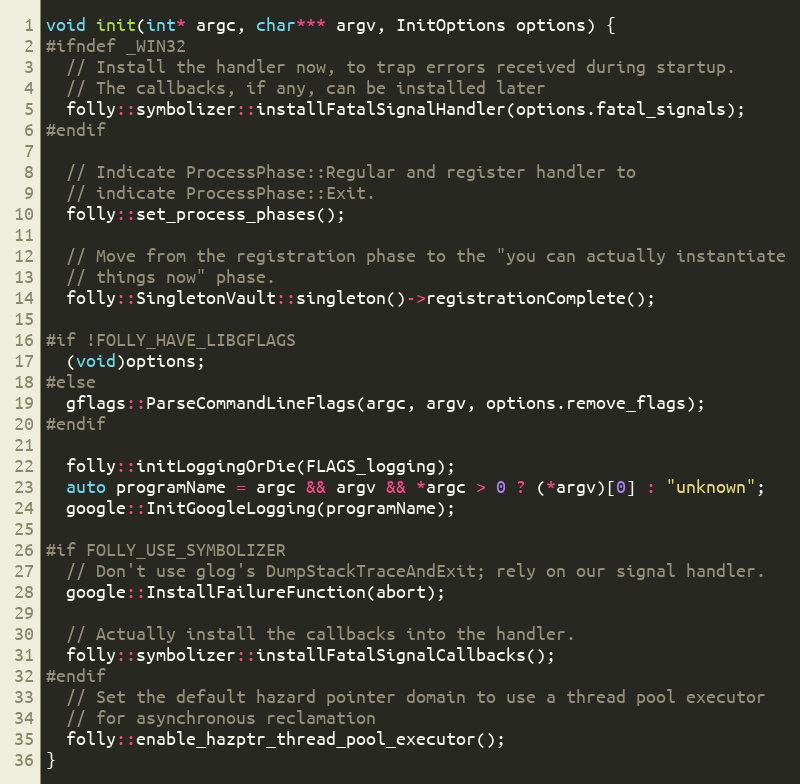
Language: C++
void init(int* argc, char*** argv, InitOptions options) {
#ifndef _WIN32
  // Install the handler now, to trap errors received during startup.
  // The callbacks, if any, can be installed later
  folly::symbolizer::installFatalSignalHandler(options.fatal_signals);
#endif

  // Indicate ProcessPhase::Regular and register handler to
  // indicate ProcessPhase::Exit.
  folly::set_process_phases();

  // Move from the registration phase to the "you can actually instantiate
  // things now" phase.
  folly::SingletonVault::singleton()->registrationComplete();

#if !FOLLY_HAVE_LIBGFLAGS
  (void)options;
#else
  gflags::ParseCommandLineFlags(argc, argv, options.remove_flags);
#endif

  folly::initLoggingOrDie(FLAGS_logging);
  auto programName = argc && argv && *argc > 0 ? (*argv)[0] : "unknown";
  google::InitGoogleLogging(programName);

#if FOLLY_USE_SYMBOLIZER
  // Don't use glog's DumpStackTraceAndExit; rely on our signal handler.
  google::InstallFailureFunction(abort);

  // Actually install the callbacks into the handler.
  folly::symbolizer::installFatalSignalCallbacks();
#endif
  // Set the default hazard pointer domain to use a thread pool executor
  // for asynchronous reclamation
  folly::enable_hazptr_thread_pool_executor();
}